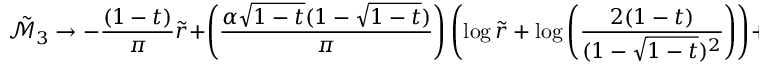
\tilde { \mathcal { M } } _ { 3 } \rightarrow - \frac { ( 1 - t ) } { \pi } \tilde { r } + \left( \frac { \alpha \sqrt { 1 - t } ( 1 - \sqrt { 1 - t } ) } { \pi } \right) \left( \log { \tilde { r } } + \log \left( \frac { 2 ( 1 - t ) } { ( 1 - \sqrt { 1 - t } ) ^ { 2 } } \right) \right) + \frac { \alpha } { \pi } ( 1 - ( 1 - \sqrt { 1 - t } ) ^ { 2 } ) \quad \mathrm { ~ a ~ s ~ } \quad \tilde { r } \rightarrow \infty .